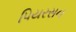
પિયરસન